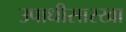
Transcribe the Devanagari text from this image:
उपाधीसारखा